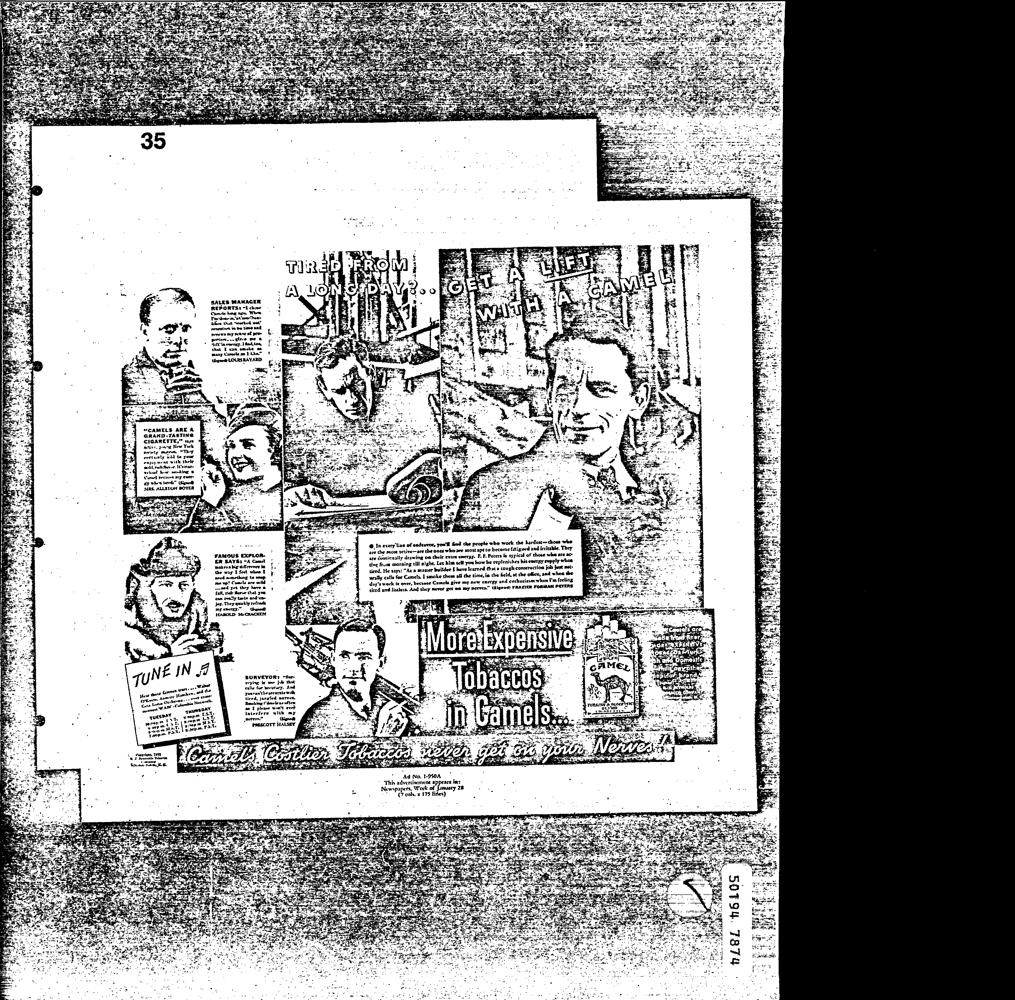
SALES MANACER
 REPORTS: -1 clove
 Camis hag aoe Whew
 renews my fenee of Pre
 naa gies ER
 “CAMELS ARE A
 GRAND-TASTING
 CIGARETTE,” nye
 active, joung New York
 engay neat with hele
 saiblrechflewoe, Itamare
 sccething (6 sep
 mae up! Camels are calle
 aeoed yet they have &
 fall, rich flarve that you
 SURVEYOR: ~Ser-
 veying bs ane je that
 calle tue wecutsey, And
 yeuran'theacrarate with
 tired, jangled serves.
 Renkin Tieria us often
 won't eret
 ene
 PRESCOTT HALSEY
 © In every'line of endeavor, yow'l Sad the people whe work the kerdest—thooe whe
 are the most active--are the ones who ae most sptto become Ltigued and irrieabie. ‘They
 are continually drawing ow theic extra coergy. FF. Peters is typical of thote whe are ac
 tive frome moraing ull night, Let him cit you how be replenishes his energy sepply when
 tired. He says: "As a maser fruildee I have Icamed that 2 cough consruction job jest set-
 weally catls for Camels, E smoke them ail che time, ia the field, at the office, and whee whe
 day's work is over, because Camels give me new cactgy 2nd enchusizwm when Pm feeling
 tited ated listless. And they mover get om my nerves.” Signed? FRAZIER FORMAN PETERS
 Ad No, 1-950A
 "hs advertizemene 27 ars im:
 vwapapers, WY januaty 28
 . Cook. x 375 fies)